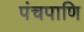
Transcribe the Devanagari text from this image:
पंचपाणि